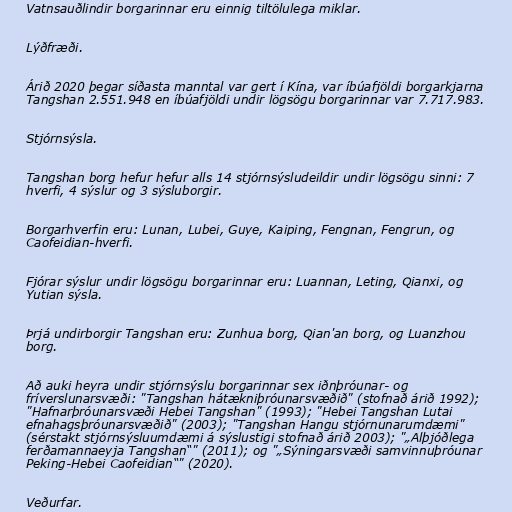
Vatnsauðlindir borgarinnar eru einnig tiltölulega miklar.

Lýðfræði.

Árið 2020 þegar síðasta manntal var gert í Kína, var íbúafjöldi borgarkjarna
Tangshan 2.551.948 en íbúafjöldi undir lögsögu borgarinnar var 7.717.983.

Stjórnsýsla.

Tangshan borg hefur hefur alls 14 stjórnsýsludeildir undir lögsögu sinni: 7
hverfi, 4 sýslur og 3 sýsluborgir.

Borgarhverfin eru: Lunan, Lubei, Guye, Kaiping, Fengnan, Fengrun, og
Caofeidian-hverfi.

Fjórar sýslur undir lögsögu borgarinnar eru: Luannan, Leting, Qianxi, og
Yutian sýsla.

Þrjá undirborgir Tangshan eru: Zunhua borg, Qian'an borg, og Luanzhou
borg.

Að auki heyra undir stjórnsýslu borgarinnar sex iðnþróunar- og
fríverslunarsvæði: "Tangshan hátækniþróunarsvæðið" (stofnað árið 1992);
"Hafnarþróunarsvæði Hebei Tangshan" (1993); "Hebei Tangshan Lutai
efnahagsþróunarsvæðið" (2003); "Tangshan Hangu stjórnunarumdæmi"
(sérstakt stjórnsýsluumdæmi á sýslustigi stofnað árið 2003); "„Alþjóðlega
ferðamannaeyja Tangshan“" (2011); og "„Sýningarsvæði samvinnuþróunar
Peking-Hebei Caofeidian“" (2020).

Veðurfar.